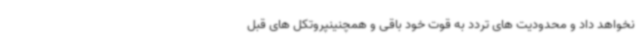
نخواهد داد و محدودیت های تردد به قوت خود باقی و همچنینپروتکل های قبل